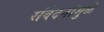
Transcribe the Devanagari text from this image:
संवेदनांमुळे